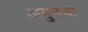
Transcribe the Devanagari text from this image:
अमुनचा